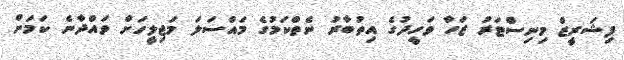
ފިޝަރީޒް މިނިސްޓަރު ޒަހާ ވަހީދުގެ އިތުބާރު ނެތްކަމުގެ މައްސަލަ މަޖިލީހަށް ވައްދާނެ ކަމަށް